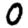
Digit: 0